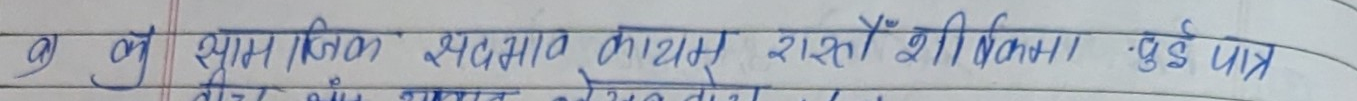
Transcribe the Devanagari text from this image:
लु श्याम जिविका स्वभाव काथुम रास्तों शीर्षमा पुई पत्र